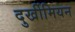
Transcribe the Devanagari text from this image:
दुर्खीमियन